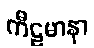
ကီဠမာနာ